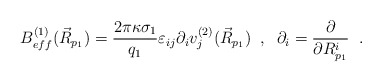
\begin{align*} B^{(1)}_{eff}(\vec{R}_{p_{1}})=\frac{2\pi\kappa\sigma_{1}}{q_{1}} \varepsilon_{ij}\partial_{i}v_{j}^{(2)}(\vec{R}_{p_{1}})\;\;,\;\; \partial_{i}=\frac{\partial}{\partial R^{i}_{p_{1}}} \;\;.\end{align*}